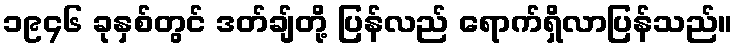
၁၉၄၆ ခုနှစ်တွင် ဒတ်ချ်တို့ ပြန်လည် ရောက်ရှိလာပြန်သည်။